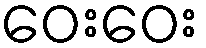
ဝေးဝေး